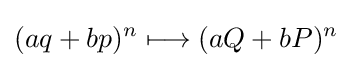
(aq+bp)^{n}\longmapsto (aQ+bP)^{n}